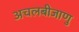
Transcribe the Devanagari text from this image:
अचलबीजाणु